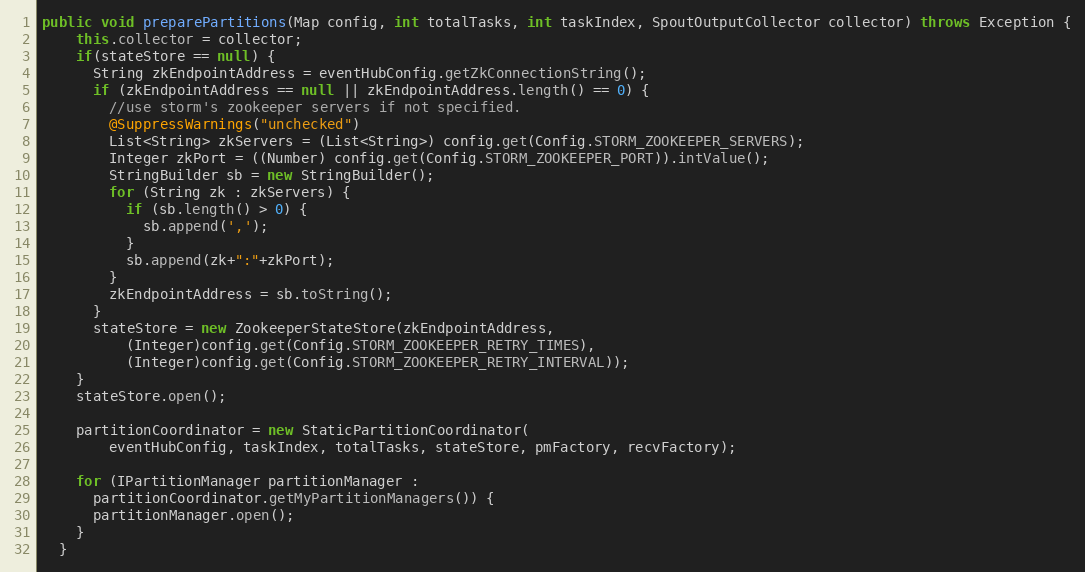
Language: Java
public void preparePartitions(Map config, int totalTasks, int taskIndex, SpoutOutputCollector collector) throws Exception {
    this.collector = collector;
    if(stateStore == null) {
      String zkEndpointAddress = eventHubConfig.getZkConnectionString();
      if (zkEndpointAddress == null || zkEndpointAddress.length() == 0) {
        //use storm's zookeeper servers if not specified.
        @SuppressWarnings("unchecked")
        List<String> zkServers = (List<String>) config.get(Config.STORM_ZOOKEEPER_SERVERS);
        Integer zkPort = ((Number) config.get(Config.STORM_ZOOKEEPER_PORT)).intValue();
        StringBuilder sb = new StringBuilder();
        for (String zk : zkServers) {
          if (sb.length() > 0) {
            sb.append(',');
          }
          sb.append(zk+":"+zkPort);
        }
        zkEndpointAddress = sb.toString();
      }
      stateStore = new ZookeeperStateStore(zkEndpointAddress,
          (Integer)config.get(Config.STORM_ZOOKEEPER_RETRY_TIMES),
          (Integer)config.get(Config.STORM_ZOOKEEPER_RETRY_INTERVAL));
    }
    stateStore.open();

    partitionCoordinator = new StaticPartitionCoordinator(
        eventHubConfig, taskIndex, totalTasks, stateStore, pmFactory, recvFactory);

    for (IPartitionManager partitionManager :
      partitionCoordinator.getMyPartitionManagers()) {
      partitionManager.open();
    }
  }